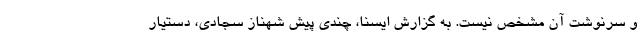
و سرنوشت آن مشخص نیست. به گزارش ایسنا، چندی پیش شهناز سجادی، دستیار